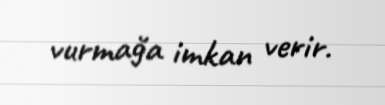
vurmağa imkan verir.